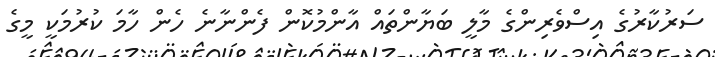
ސަރުކާރުގެ އިސްވެރިންގެ މާލީ ބަޔާންތައް އާންމުކޮން ފެންނާނެ ހެން ހާމަ ކުރުމަކީ މީގެ